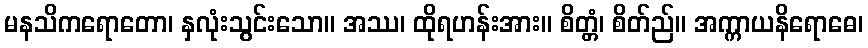
မနသိကရောတော၊ နှလုံးသွင်းသော။ အဿ၊ ထိုရဟန်းအား။ စိတ္တံ၊ စိတ်ည်။ အက္ကာယနိရောဓေ၊